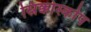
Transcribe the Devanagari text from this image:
स्निक्कोस्कोप